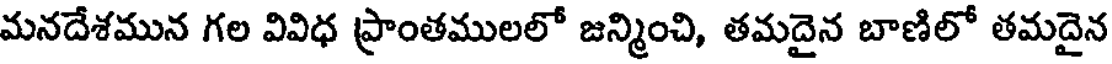
మనదేశమున గల వివిధ ప్రాంతములలో జన్మించి, తమదైన బాణిలో తమదైన